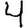
Digit: 4